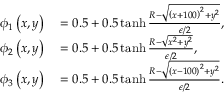
\begin{array} { r l } { \phi _ { 1 } \left( x , y \right) } & { { } = 0 . 5 + 0 . 5 \operatorname { t a n h } \frac { R - \sqrt { \left( x + 1 0 0 \right) ^ { 2 } + y ^ { 2 } } } { \epsilon / 2 } , } \\ { \phi _ { 2 } \left( x , y \right) } & { { } = 0 . 5 + 0 . 5 \operatorname { t a n h } \frac { R - \sqrt { x ^ { 2 } + y ^ { 2 } } } { \epsilon / 2 } , } \\ { \phi _ { 3 } \left( x , y \right) } & { { } = 0 . 5 + 0 . 5 \operatorname { t a n h } \frac { R - \sqrt { \left( x - 1 0 0 \right) ^ { 2 } + y ^ { 2 } } } { \epsilon / 2 } . } \end{array}